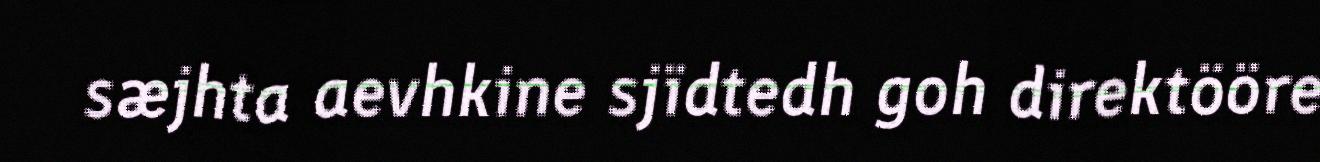
sæjhta aevhkine sjïdtedh goh direktööre